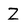
Character: Z